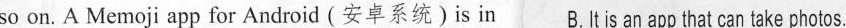
so on. A Me moji app for Android (安卓系统)is in B.Itis an app that can ake photos.